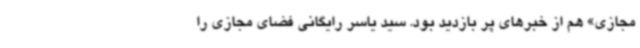
مجازی» هم از خبرهای پر بازدید بود. سید یاسر رایگانی فضای مجازی را